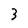
Character: 3